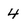
Character: 4